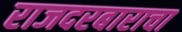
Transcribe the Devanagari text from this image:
राजदरबाराचा